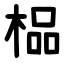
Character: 榀